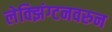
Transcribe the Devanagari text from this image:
लेक्झिंग्टनवरुन